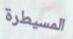
المسيطرة